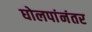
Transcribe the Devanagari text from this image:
घोलपांनंतर